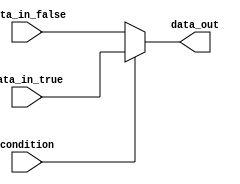
module if_else_statement (
  input wire condition,
  input wire data_in_true,
  input wire data_in_false,
  output reg data_out
);

always @* begin
  data_out = condition ? data_in_true : data_in_false;
end

endmodule